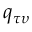
q _ { \tau \upsilon }